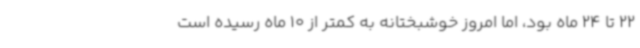
22 تا 24 ماه بود، اما امروز خوشبختانه به کمتر از 10 ماه رسیده است